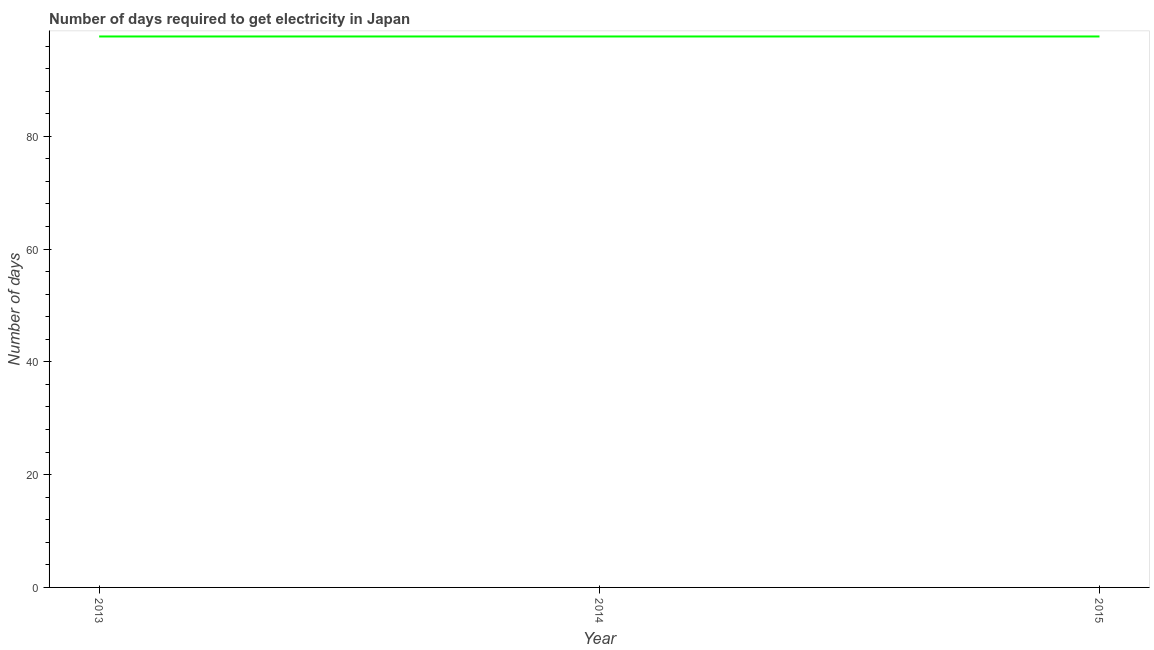
| Year | Time to get electricity |
 | --- | --- |
 | 2013 | 97.7 |
 | 2014 | 97.7 |
 | 2015 | 97.7 |